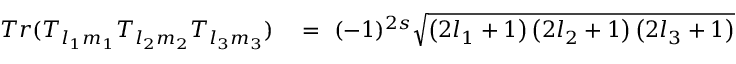
\begin{array} { r l } { T r ( T _ { l _ { 1 } m _ { 1 } } T _ { l _ { 2 } m _ { 2 } } T _ { l _ { 3 } m _ { 3 } } ) } & { { } = \ ( - 1 ) ^ { 2 s } \sqrt { \left( 2 l _ { 1 } + 1 \right) \left( 2 l _ { 2 } + 1 \right) \left( 2 l _ { 3 } + 1 \right) } } \end{array}